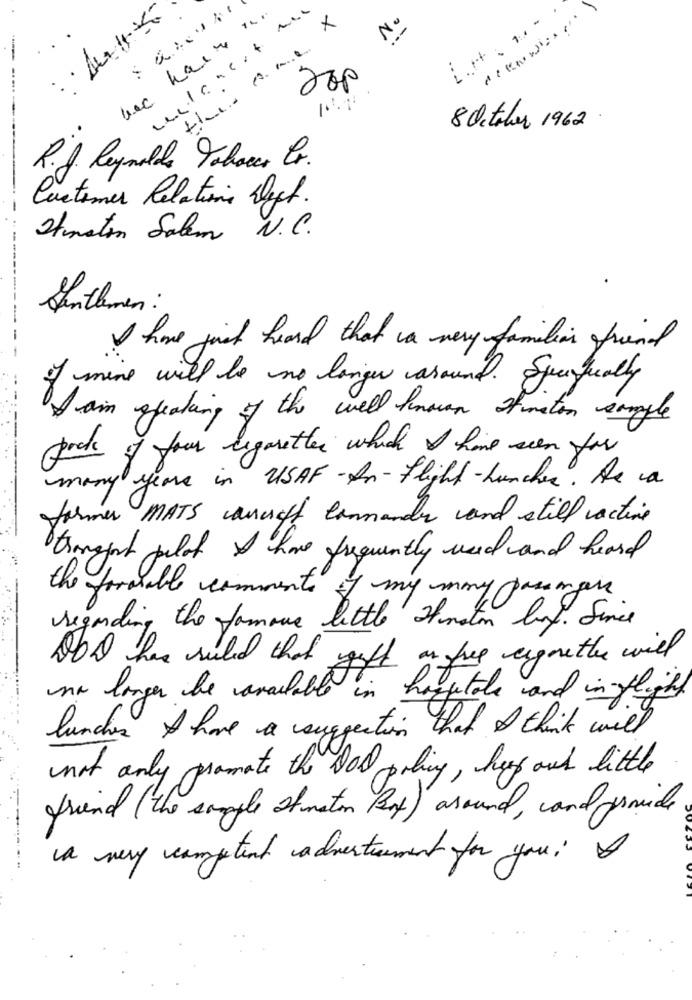
×
No
--
200
8 October 1962
R.J. Reynolds Tobacco br.
Customer Relations Dept.
Hunston Salem N.C.
Senthemen :
-
I have just heard that a very familiar friend
of mine will be no longer around. Specifically
I am speaking of the well known simation sample
gods of your regretter which I have seen for
many years in USAF -In-flight-Luncher. He a
former MATS oucroft commander and still active
transport pilot I have frequently used and heard
the formable comments of my many passengers
regarding the famous little Hmoton buy. Since
DbD has ruled that saft on free eignethe will
no longer the available in hospitals and in flight
lunches I have a suggestion that I think will
not only promote the DOD poling , here and little
friend ( the sample straton But ) around , cand provide
a very competent advertisement for you ! I
. ..